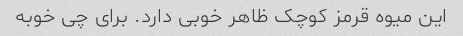
این میوه قرمز کوچک ظاهر خوبی دارد. برای چی خوبه